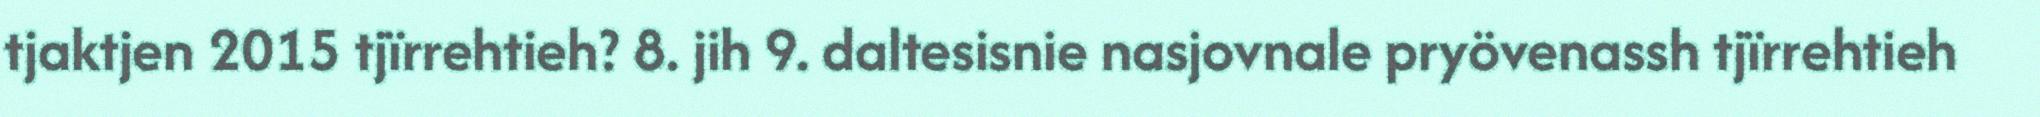
tjaktjen 2015 tjïrrehtieh? 8. jih 9. daltesisnie nasjovnale pryövenassh tjïrrehtieh